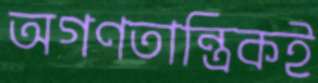
অগণতান্ত্রিকই